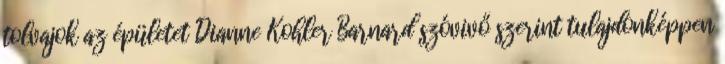
tolvajok az épületet Dianne Kohler Barnard szóvivő szerint tulajdonképpen